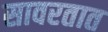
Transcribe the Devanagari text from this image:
सावरतात